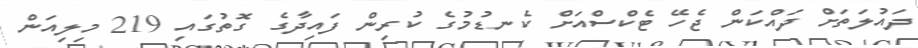
ދައުލަތަށް ދައްކަން ޖެހޭ ޓެކްސްއަށް ކެނޑުމުގެ ކުރިން ފައިދާގެ ގޮތުގައި 219 މިލިއަން